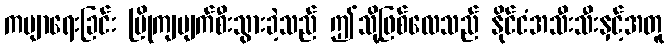
ကဗျာရေးခြင်း ပြိုကျပျက်စီးသွားခဲ့သည် ဤသို့ဖြစ်လေသည် နိုင်ငံအသီးသီးနှင့်အတူ